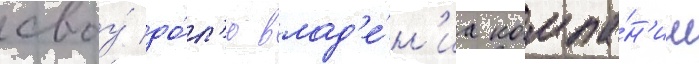
своу́ до́л'ю влад'е́н'иа компа́н'ии